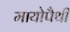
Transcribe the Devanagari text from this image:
मायोपैथी